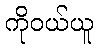
ကိုဝယ်ယူ